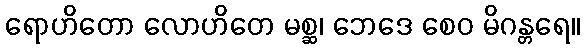
ရောဟိတော လောဟိတေ မစ္ဆ၊ ဘေဒေ စေဝ မိဂန္တရေ။